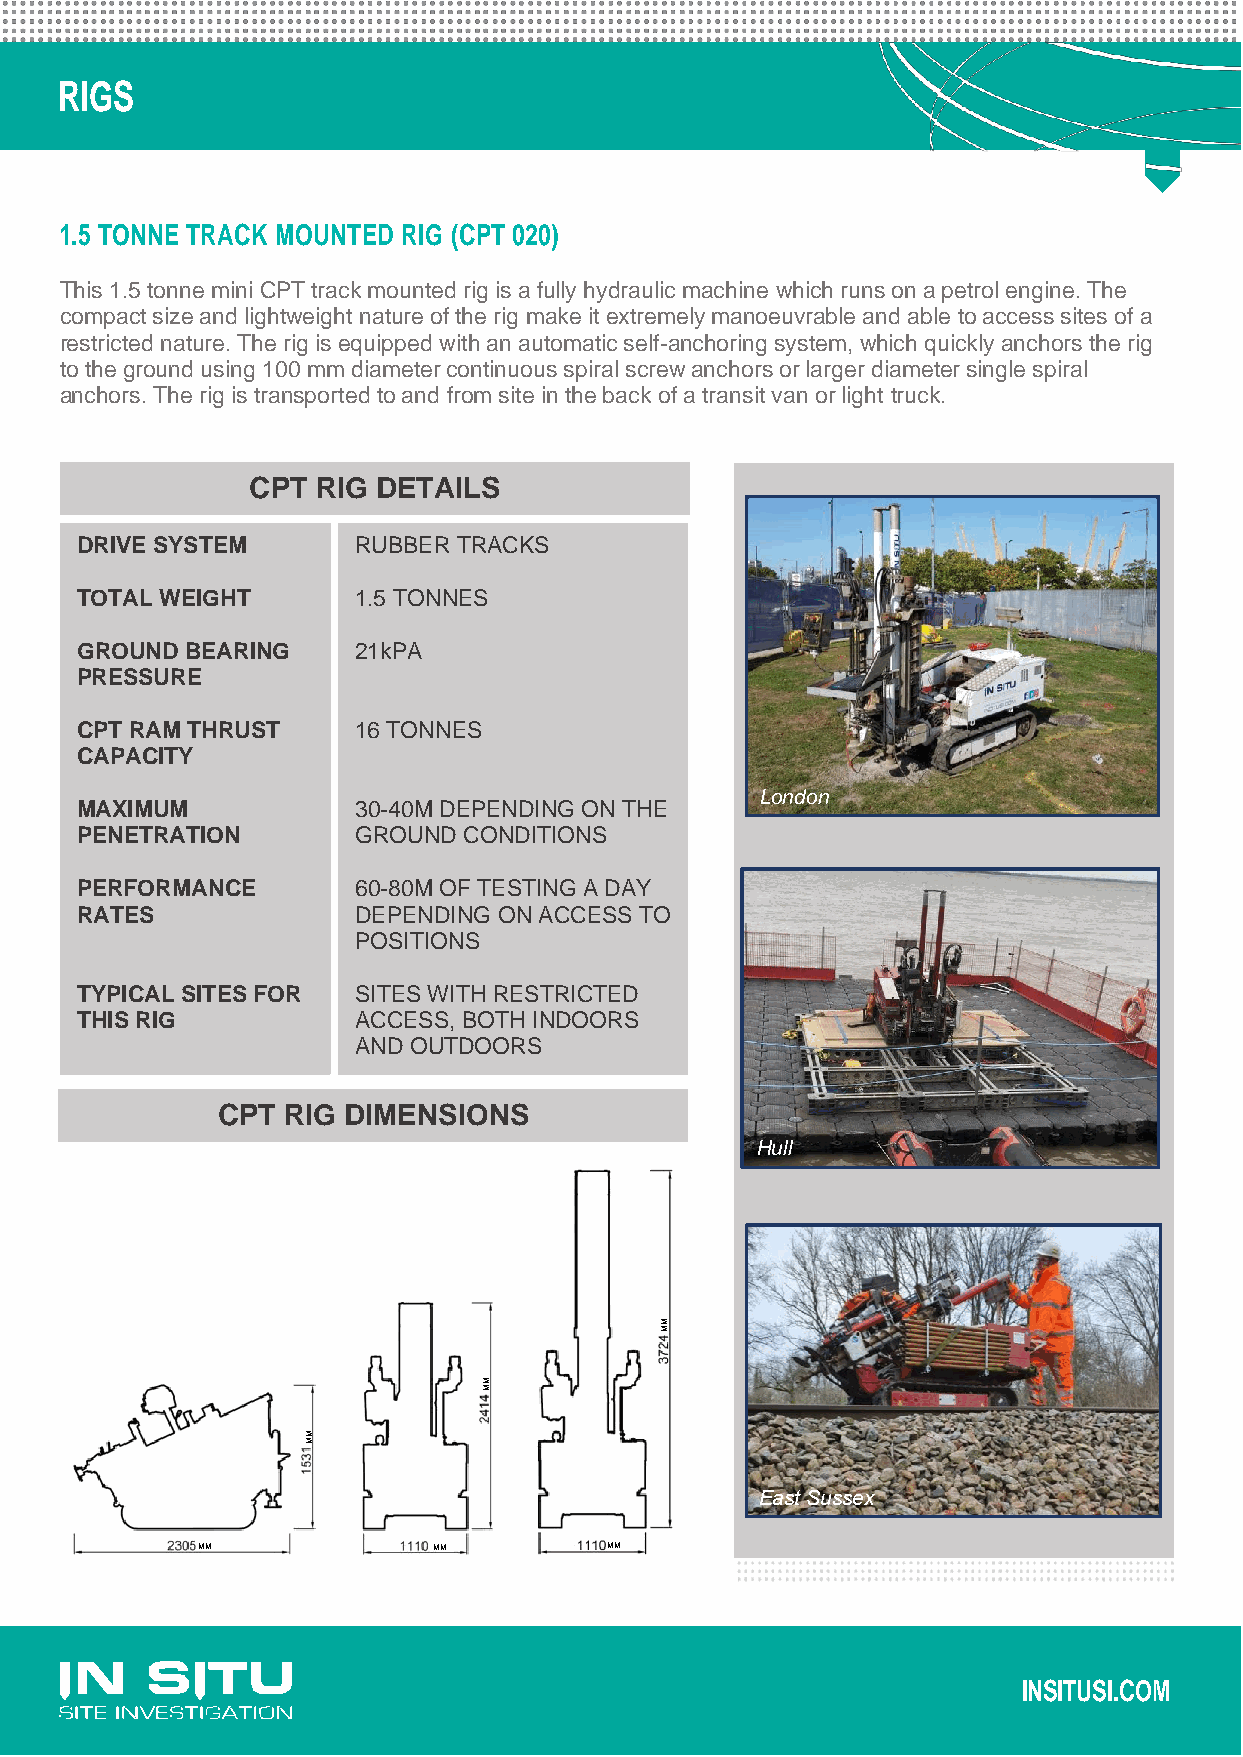
RIGS
 1.5 TONNE TRACK MOUNTED RIG (CPT 020)
 This 1.5 tonne mini CPT track mounted rig is a fully hydraulic machine which runs on a petrol engine. The
 compact size and lightweight nature of the rig make it extremely manoeuvrable and able to access sites of a
 restricted nature. The rig is equipped with an automatic self-anchoring system, which quickly anchors the rig
 to the ground using 100 mm diameter continuous spiral screw anchors or larger diameter single spiral
 anchors. The rig is transported to and from site in the back of a transit van or light truck.
 CPT RIG DETAILS
 DRIVE SYSTEM      RUBBER TRACKS
 TOTAL WEIGHT      1.5 TONNES
 GROUND BEARING    21kPA
 PRESSURE
 CPT RAM THRUST    16 TONNES
 CAPACITY
 London
 MAXIMUM           30-40M DEPENDING ON THE
 PENETRATION       GROUND  CONDITIONS
 PERFORMANCE       60-80M OF TESTING A DAY
 RATES             DEPENDING ON ACCESS TO
 POSITIONS
 TYPICAL SITES FOR SITES WITH RESTRICTED
 THIS RIG          ACCESS, BOTH INDOORS
 AND OUTDOORS
 CPT  RIG DIMENSIONS
 Hull
 M
 M
 East Sussex
 MM              MM         MM
 INSITUSI.COM
 MM
 MM